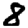
Digit: 8